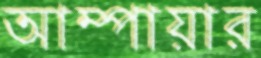
আম্পায়ার